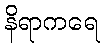
နိရာကရေ